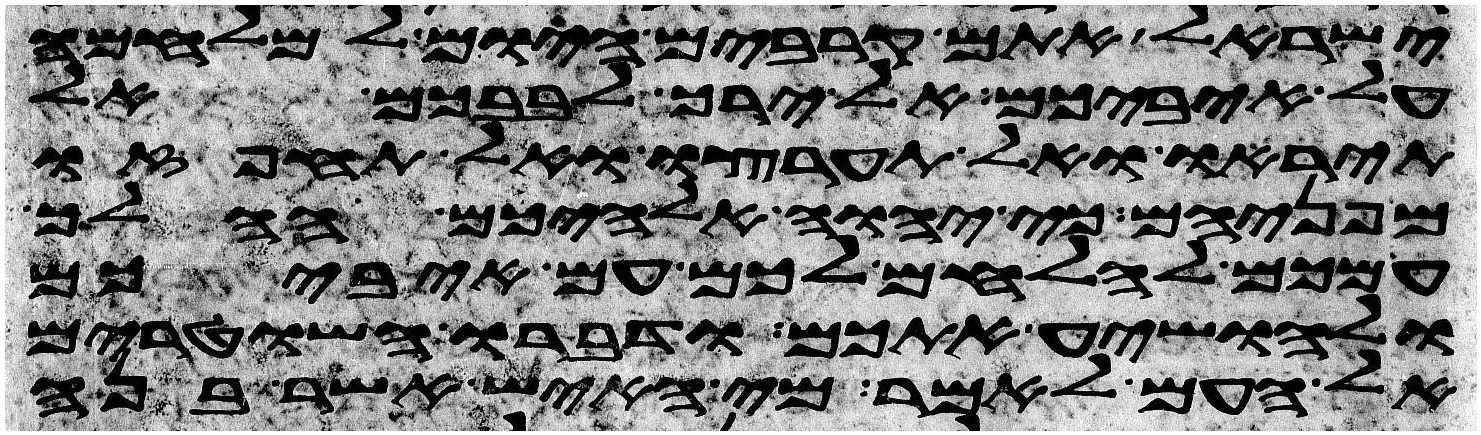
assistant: ישראל אתם קרבים היום למלחמה
על איביכם אל ירך לבבכם אל
תיראו ואל תערצו ואל תחפזו
מפניהם כי יהוה אלהיכם ההלך
עמכם להלחם לכם עם איביכם
ולהושיע אתכם ודברו השטרים
אל העם לאמר מי האיש אשר בנה